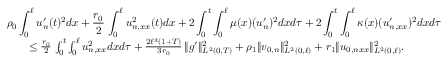
\begin{array} { r l r } { \lefteqn { \rho _ { 0 } \int _ { 0 } ^ { \ell } u _ { n } ^ { \prime } ( t ) ^ { 2 } d x + \frac { r _ { 0 } } { 2 } \, \int _ { 0 } ^ { \ell } u _ { n , x x } ^ { 2 } ( t ) d x + 2 \int _ { 0 } ^ { t } \int _ { 0 } ^ { \ell } \mu ( x ) ( u _ { n } ^ { \prime } ) ^ { 2 } d x d \tau + 2 \int _ { 0 } ^ { t } \int _ { 0 } ^ { \ell } \kappa ( x ) ( u _ { n , x x } ^ { \prime } ) ^ { 2 } d x d \tau } } \\ & { } & { \le \frac { r _ { 0 } } { 2 } \, \int _ { 0 } ^ { t } \int _ { 0 } ^ { \ell } u _ { n , x x } ^ { 2 } d x d \tau + \frac { 2 \ell ^ { 3 } ( 1 + T ) } { 3 r _ { 0 } } \, \Vert g ^ { \prime } \Vert _ { L ^ { 2 } ( 0 , T ) } ^ { 2 } + \rho _ { 1 } \Vert v _ { 0 , n } \Vert _ { L ^ { 2 } ( 0 , \ell ) } ^ { 2 } + r _ { 1 } \Vert u _ { 0 , n x x } \Vert _ { L ^ { 2 } ( 0 , \ell ) } ^ { 2 } . } \end{array}